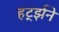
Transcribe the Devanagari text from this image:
हर्ट्झने